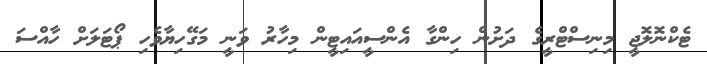
ޓެކްނޮލޮޖީ މިނިސްޓްރީގެ ދަށުން ހިންގާ އެންސީއައިޓީން މިހާރު ވަނީ މަގޭހިޔާވެހި ޕޯޓަލަށް ހާއްސަ